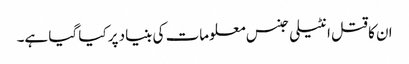
ان کا قتل انٹیلی جنس معلومات کی بنیاد پر کیا گیا ہے۔